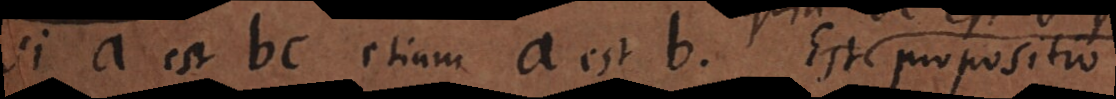
Si a est bc etiam a est b. Est propositio